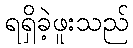
ရရှိခဲ့ဖူးသည်